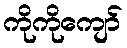
ကိုကိုကျော်